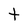
Character: t